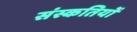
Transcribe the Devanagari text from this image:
संस्कतियों